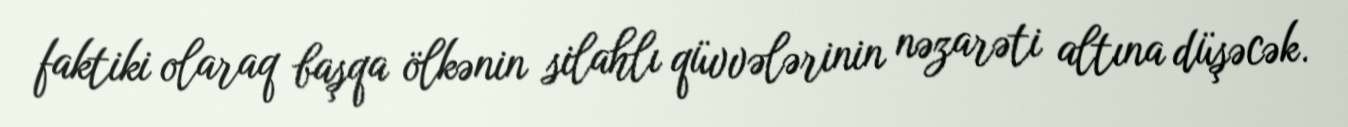
faktiki olaraq başqa ölkənin silahlı qüvvələrinin nəzarəti altına düşəcək.